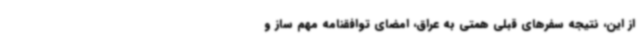
از این، نتیجه سفرهای قبلی همتی به عراق، امضای توافقنامه مهم ساز و